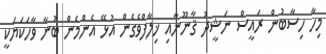
މިހާ ހިސާބުން ރައީސް ނަޝީދު ޤާނޫނާއި ޚިލާފްވެގެން އުޅޭ އެންމެން ބުނާ ވާހަކަޔަކީ